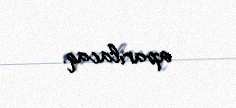
aparılacaq.